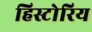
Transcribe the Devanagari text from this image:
हिस्टोरिय